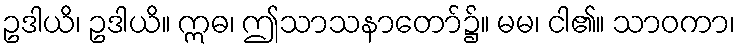
ဥဒါယိ၊ ဥဒါယိ။ ဣဓ၊ ဤသာသနာတော်၌။ မမ၊ ငါ၏။ သာဝကာ၊